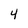
Character: 4